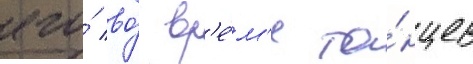
его́ во́ вр'е́м'я та́нцев